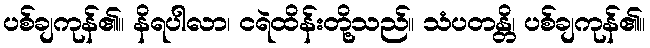
ပစ်ချကုန်၏။ နိရပါလာ၊ ငရဲထိန်းတို့သည်။ သံပတန္တိ၊ ပစ်ချကုန်၏။